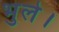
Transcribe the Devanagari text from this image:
भुले।